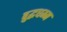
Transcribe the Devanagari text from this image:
बुद्धधम्म